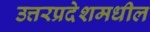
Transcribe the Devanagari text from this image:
उत्तरप्रदेशमधील